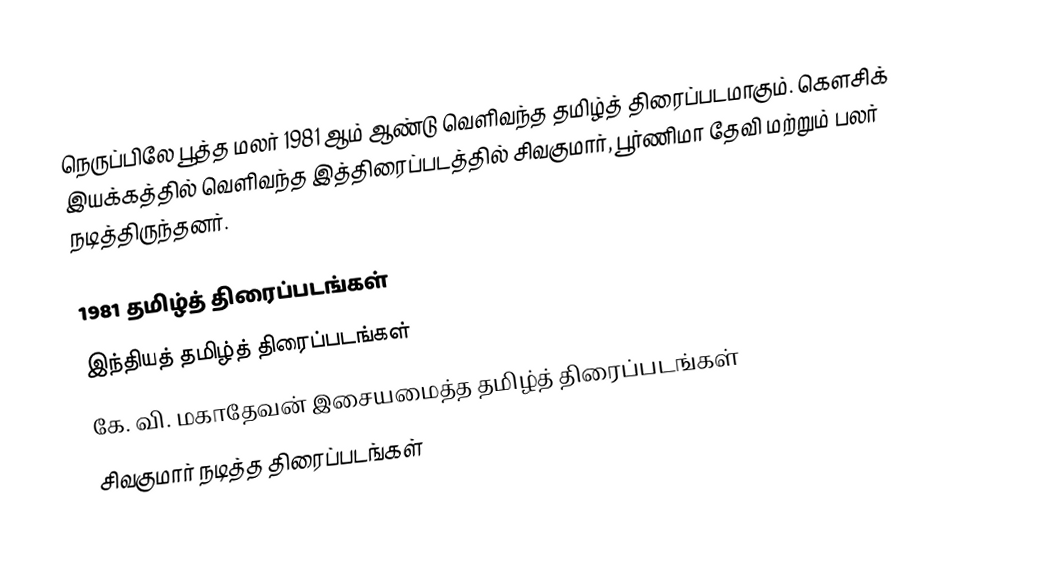
நெருப்பிலே பூத்த மலர் 1981 ஆம் ஆண்டு வெளிவந்த தமிழ்த் திரைப்படமாகும். கௌசிக் இயக்கத்தில் வெளிவந்த இத்திரைப்படத்தில் சிவகுமார், பூர்ணிமா தேவி மற்றும் பலர் நடித்திருந்தனர்.

1981 தமிழ்த் திரைப்படங்கள்
இந்தியத் தமிழ்த் திரைப்படங்கள்
கே. வி. மகாதேவன் இசையமைத்த தமிழ்த் திரைப்படங்கள்
சிவகுமார் நடித்த திரைப்படங்கள்